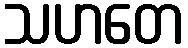
သဟတေ